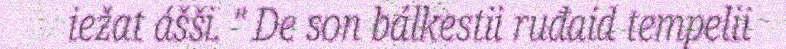
iežat ášši. " De son bálkestii ruđaid tempelii